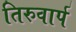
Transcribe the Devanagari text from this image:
तिरुवार्प